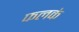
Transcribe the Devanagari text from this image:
फलकं